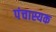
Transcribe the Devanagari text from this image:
पंचास्यक